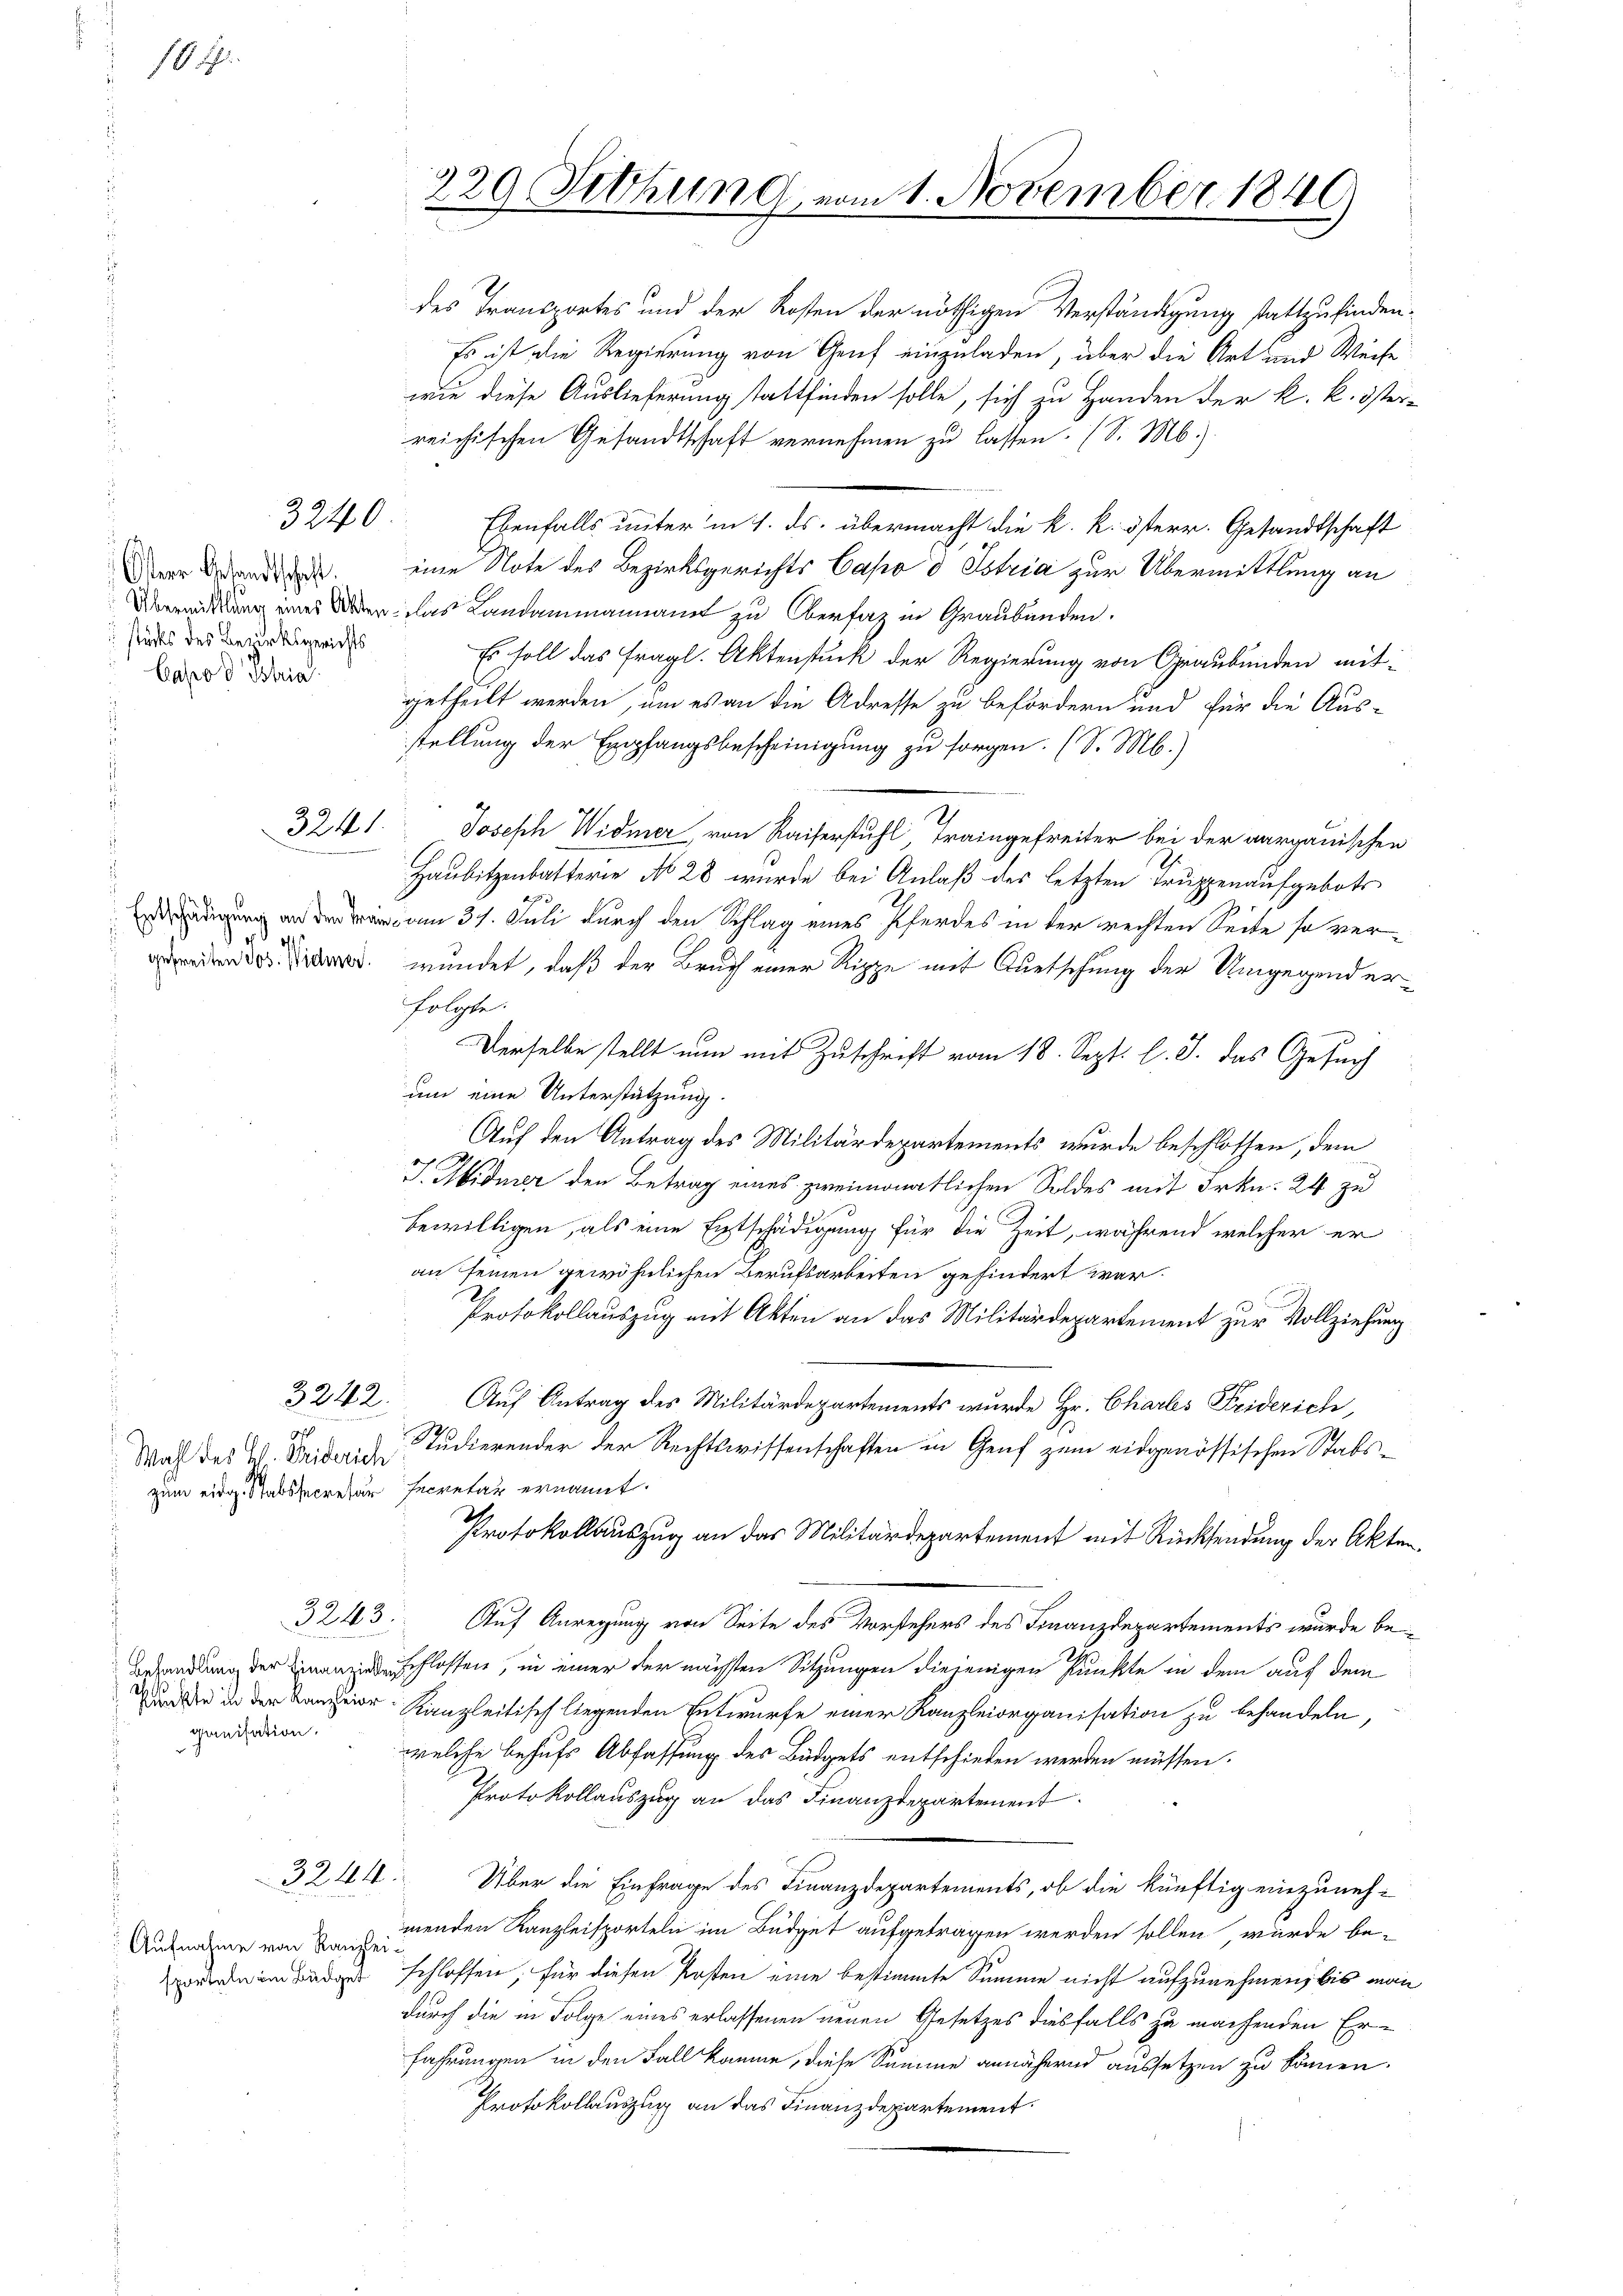
1.

Oster Gesandtschaft.
städts des Bezirksgerichts
Capod Bhia

¬

3240

9
3241.

3242.

off

3243.

ganisation.

32,44

Aufnahme von Kanzlei-

des Transportes und der Kosten der nöthigen Verständigung stattzufinden¬
Es ist die Regierung von Genf einzuladen, über die Art und Weise
wie diese Auslieferung stattfinden solle, sich zu Handen der k. k. österreichischen Gesandtschaft vernehmen zu lassen. (S. M.)
Ebenfalls unter in 1. ds. übermacht die k. k. österr. Gesandtschaft
eine Note des Bezirksgerichts Capo d Estria zur Übermittlung an
Überwirkung eines Anden das Landammannamt zu Oberfaz in Graubünden.
Es soll das fragl. Aktenstück der Regierung von Graubünden mit-
getheilt werden, um es an die Adresse zu befördern und für die Aus-
stellung der Empfangsbescheinigung zu sorgen. (S. M.)
Joseph Widmer, von Kaiserstuhl Traingefreiter bei der aargauischen
Haubitzenbatterie No 28 wurde bei Anlaß des letzten Truppenaufgebote
ädigung an der war am 31. Juli durch den Schlag eines Pferdes in der rechten Seite so ver¬
 wundet, daß der Bruch einer Rippe mit Auetschung der Umgegenderfolgte.
Derselbe stellt nun mit Zuschrift vom 18. Sept. l. J. das Gesuch
um eine Unterstützung.
Auf den Antrag des Militärdepartements wurde beschlossen, dem
J. Widmer den Betrag eines zweimonatlichen Soldes mit Frkn. 24 zu
bewilligen, als eine Entschädigung für die Zeit, während welcher er
an seinen gewöhnlichen Berufsarbeiten gehindert war¬
Protokollauszug mit Akten an das Militärdepartement zur Vollziehung
Auf Antrag des Militärdepartements wurde Hr. Charles Freiderich,
Wahl des V. Trideristudierender der Rechtswissenschaften in Genf zŭm eidgenössischen Stabs-
zum eidg. Stabssecretär secretär ernannt.
Protokollauszug an das Militärdepartement mit Rücksendung der Akten¬
Auf Anregung von Seite des Vorstehers des Finanzdepartements wurde be¬
Behandlung der anzen schlossen, in einer der nächsten Sitzungen diejenigen Punkte in dem auf dem
Und der Kanzleitisch liegenden Entwurfe einer Kanzleiorganisation zu behandeln,
welche behufs Abfassung des Büdgets entschieden werden müssen.
Protokollauszug an das Finanzdepartement
Über die Einfrage des Finanzdepartements, ob die künftig einzunehmenden Kanzleisporteln im Büdget aufgetragen werden sollen würde be-
wenden in Beden schlossen, für diesen Posten eine bestimmte Summe nicht aufzunehmen, bis man
durch die in Folge eines erlassenen neuen Gesetzes diesfalls zu machenden Erfahrungen in den Fall komme, diese Summe annähernd aussetzen zu können.
Protokollauszug an das Finanzdepartement.

229. Setzung, vom 1. November 1840